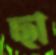
ছা